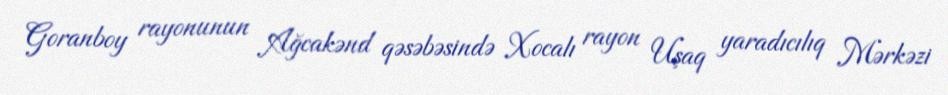
Goranboy rayonunun Ağcakənd qəsəbəsində Xocalı rayon Uşaq yaradıcılıq Mərkəzi